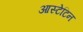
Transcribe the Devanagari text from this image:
आस्टेटिन